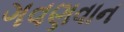
ગવણવાન